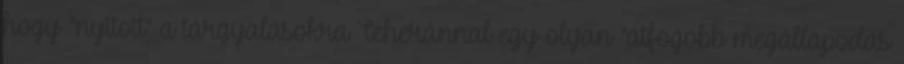
hogy "nyitott" a tárgyalásokra Teheránnal egy olyan "átfogóbb megállapodás